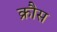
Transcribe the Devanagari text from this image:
क्रौस